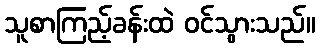
သူစာကြည့်ခန်းထဲ ဝင်သွားသည်။